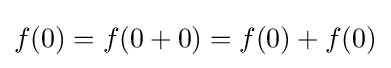
f(0)=f(0+0)=f(0)+f(0)